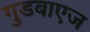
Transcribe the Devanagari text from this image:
गुडबाएज